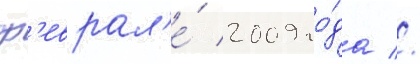
ф'еврал'е́ 2009 го́да //